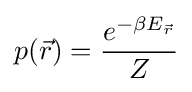
p({\vec {r}})={\frac {e^{-\beta E_{\vec {r}}}}{Z}}